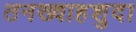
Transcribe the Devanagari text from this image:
तनख्वाहशुदा